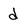
Character: d